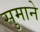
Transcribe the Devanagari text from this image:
सुमाने